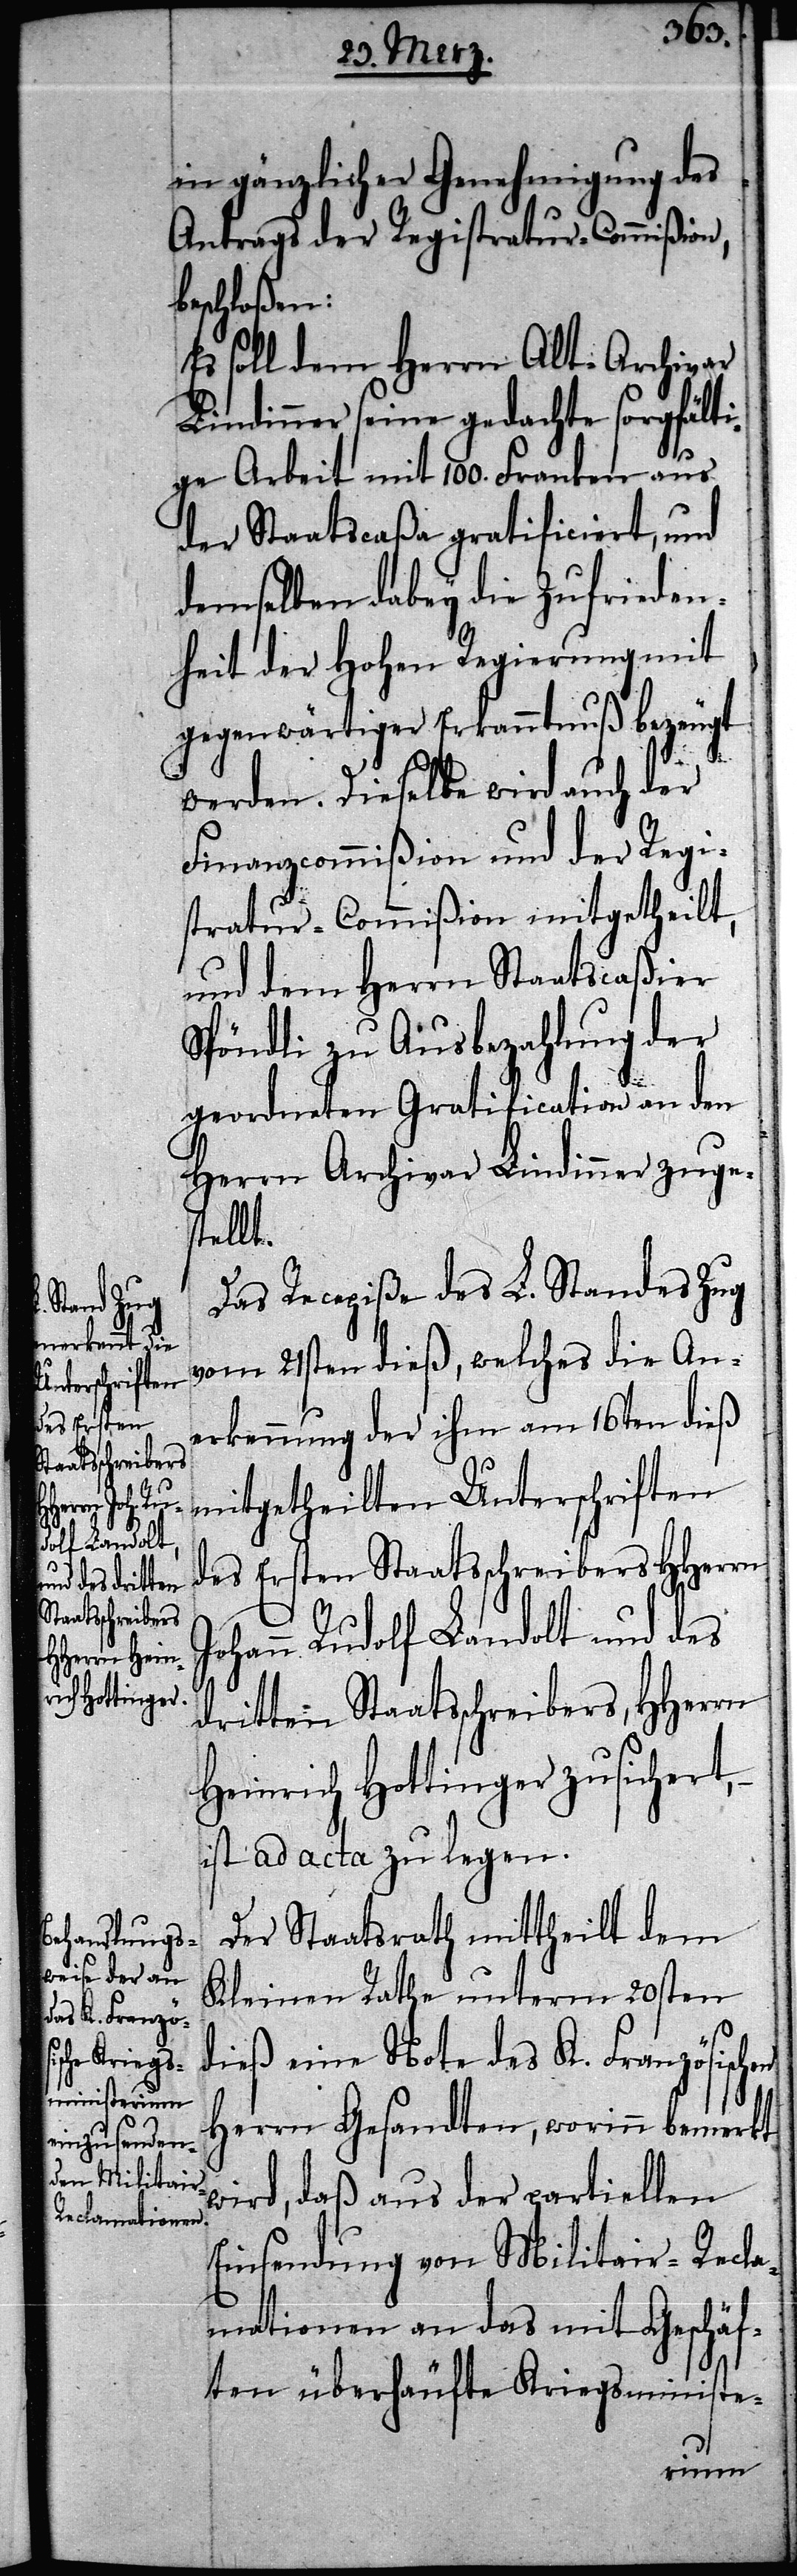
in gänzlicher Genehmigung des
Antrags der Registratur-Commißion,
beschloßen:
Es soll dem Herrn Alt-Archivar
Lindinner seine gedachte sorgfälti¬
ge Arbeit mit 100. Franken aus
der Staatscaßa gratificiert, und
demselben dabey die Zufrieden¬
heit der Hohen Regierung mit
gegenwärtiger Erkanntnuß bezeugt
werden. Dieselbe wird auch der
Finanzcommißion und der Regi¬
stratur-Commißion mitgetheilt,
und dem Herrn Staatscaßier
Spöndli zu Ausbezahlung der
geordneten Gratification an den
Herrn Archivar Lindinner zuge¬
stellt.
Das Recepiße des L. Standes Zug
vom 21sten dieß, welches die An¬
erkennung der ihm am 16ten dieß
mitgetheilten Unterschriften
des Ersten Staatsschreibers HHerrn
Johann Rudolf Landolt und des
dritten Staatsschreibers, HHerrn
Heinrich Hottinger zusichert,
ist ad acta zu legen.
Der Staatsrath mittheilt dem
Kleinen Rathe unterm 20sten
dieß eine Note des K. Französischen
Herrn Gesandten, worinn bemerkt
wird, daß aus der partiellen
Einsendung von Militair-Recla¬
mationen an das mit Geschäf¬
ten überhäufte Kriegsministe-